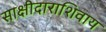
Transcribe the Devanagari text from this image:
साक्षीदाराशिवाय